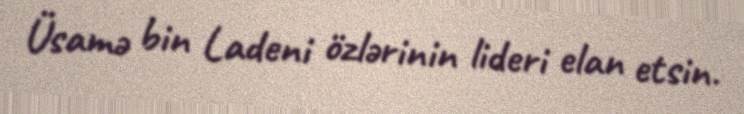
Üsamə bin Ladeni özlərinin lideri elan etsin.